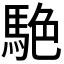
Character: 𮪀